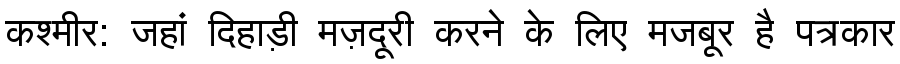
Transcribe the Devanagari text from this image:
कश्मीर: जहां दिहाड़ी मज़दूरी करने के लिए मजबूर है पत्रकार